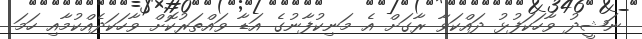
ނަޝީދު ވާހަކަފުޅު ދައްކަވާ ރާގަށް އެ މަނިކުފާނުގެ އަޑާ ވައްތަރުކޮށް ވާހަކަދެއްކުމާއި ހަމަ